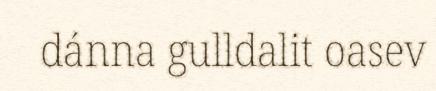
dánna gulldalit oasev